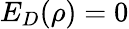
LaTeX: E_{D}(\rho)=0